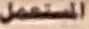
المستعمل